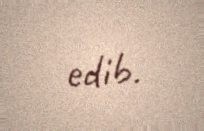
edib.